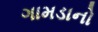
ગામડાનો